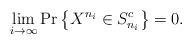
LaTeX: \begin{align*}\lim_{i \rightarrow \infty} \Pr \left\{ X^{n_i} \in S_{n_i}^c \right\} = 0. \end{align*}